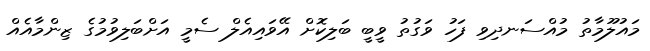
މައުލޫމާތު މުއްސަނދިވި ފަހު ވަގުތު ވީބީ ބަލިކޮށް އޭވައިއެލް ސެމީ އަށްބަލިވުމުގެ ޒިންމާއެއް